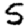
Digit: 5